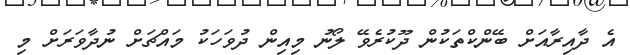
އެ ދާއިރާއަށް ބޭންކްތަކުން ދޫކުރެވޭ ލޯނު މިއިން ދުވަހަކު މައްޗަށް ނުދާވަރަށް މި